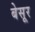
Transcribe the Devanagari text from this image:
बेसूर